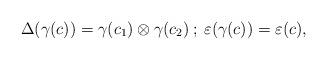
LaTeX: \begin{align*}\Delta(\gamma(c))=\gamma(c_1)\otimes \gamma(c_2)\:;\: \varepsilon(\gamma(c))=\varepsilon(c),\end{align*}